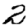
Digit: 2